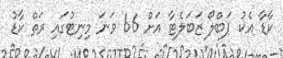
ކާޑާ އެކު ޕަބްލޯ ޒަބަލެޓާ އަށް 66 ވަނަ މިނިޓުގައި ރަތް ކާޑު